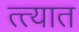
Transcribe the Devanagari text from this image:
त्त्यात